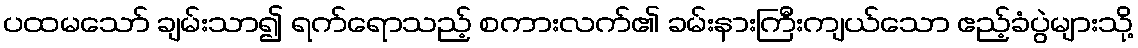
ပထမသော် ချမ်းသာ၍ ရက်ရောသည့် စကားလက်၏ ခမ်းနားကြီးကျယ်သော ဧည့်ခံပွဲများသို့